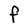
Character: F